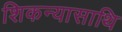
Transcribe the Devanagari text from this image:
शिकन्यासाथि